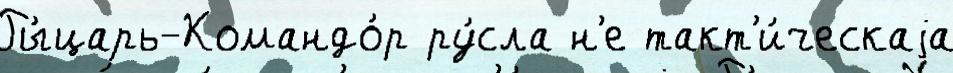
Ры́царь-Командо́р ру́сла н'е такт'и́ческаjа